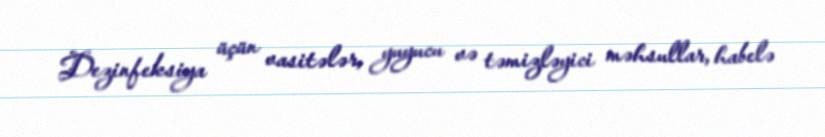
Dezinfeksiya üçün vasitələr, yuyucu və təmizləyici məhsullar, habelə